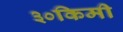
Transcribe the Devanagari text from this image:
३०किमी